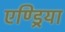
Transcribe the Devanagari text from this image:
एण्ड्रिया